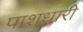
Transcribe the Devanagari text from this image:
पाशधारी